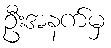
ဦးအနက်မှ